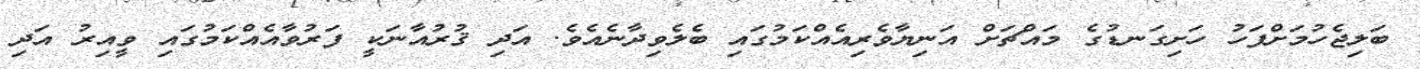
ބަލިޖެހުމަށްފަހު ހަށިގަނޑުގެ މައްޗަށް އަނިޔާވެރިއެއްކަމުގައި ބެލެވިދާނެއެވެ. އަދި ޤުރުއާނަކީ ފަރުވާއެއްކަމުގައި ވީއިރު އަދި